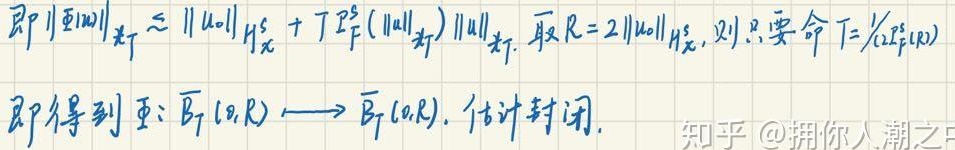
即 \(\|\Phi(u)\|_{H_{x}^{s}}\lesssim \|u_0\|_{H_{x}^{s}}+ T P_{F}^{s}(\|u\|_{H_{x}^{s}})\|u\|_{H_{x}^{s}}\). 取 \(R = 2\|u_0\|_{H_{x}^{s}}\), 则只要命 \(T = 1/(2P_{F}^{s}(R))\)
即得到 \(\Phi:\overline{B}_T(0,R)\longrightarrow\overline{B}_T(0,R)\). 估计封闭.
知乎 @拥你入潮之中